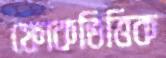
ফোকভিত্তিক